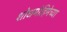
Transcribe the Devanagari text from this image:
शोधमोहिमेच्या